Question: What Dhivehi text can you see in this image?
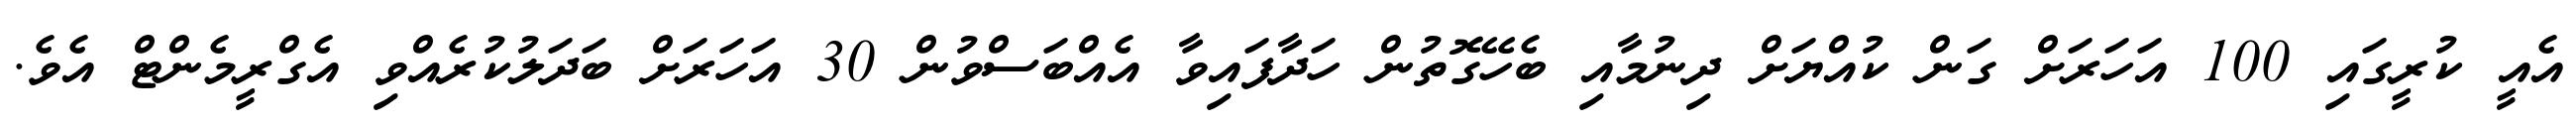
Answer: އެއީ ކުރީގައި 100 އަހަރަށް ގަން ކުއްޔަށް ދިނުމާއި ބެހޭގޮތުން ހަދާފައިވާ އެއްބަސްވުން 30 އަހަރަށް ބަދަލުކުރެއްވި އެގްރީމެންޓް އެވެ.